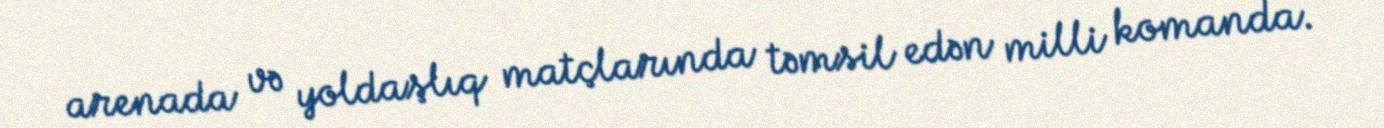
arenada və yoldaşlıq matçlarında təmsil edən milli komanda.